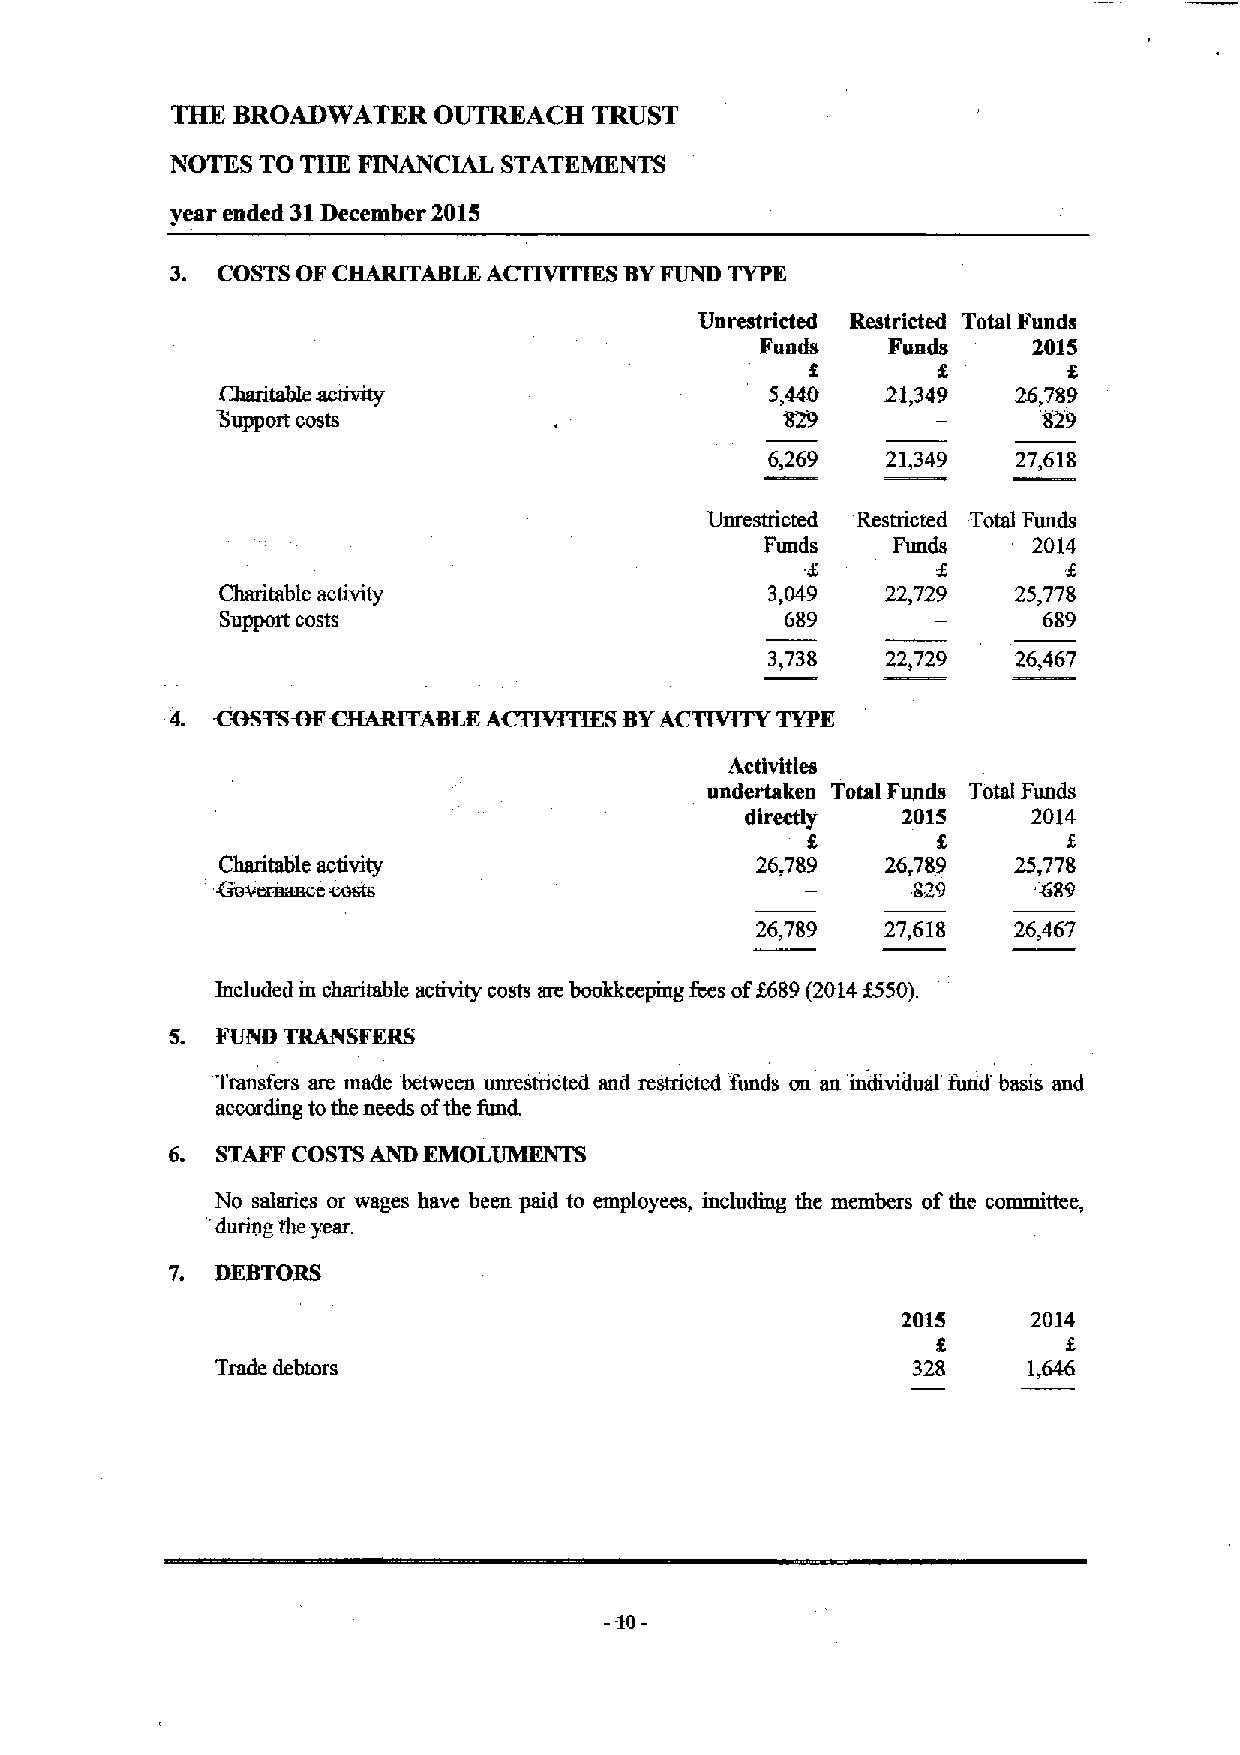
THE BROADWATKR    OUTREACH  TRUST
 NOTES TO THE FINANCIAL STATEMENTS
 year ended 31December 2015
 3. COSTS OF CHARITABLE ACrIVITIES BYFUND TYPE
 Unrestricted Restricted Total Funds
 Funds    Funds    2015
 f        f
 Charitable activity                  5,440   21,349  26,789
 Support costs                         &29              829
 6,269   21,349  27,618
 Unrestricted Restricted Total Funds
 Funds   Funds    2014
 Charitable activity                  3,049   22,729  25,778
 Support costs                        689              689
 3,738   22,729  26,467
 4. COSTSIIFCHARITABLK ACTIVITIES BYACTIVITY TYPE
 Activities
 undertaken Total Funds Total Funds
 directly   2015    2014
 Charitable activity                 26,7&9   26,7&9  25,778
 Governance costs                              829     '689
 26,789   27,618  26,467
 f
 Included m charitable activity costs are bookkeeping fees of 689(2014f550).
 Transfers are made between unrestricted and restricted funds on an individual fund basis and
 according tothe needs ofthe fund.
 EMOL~
 6. STAFF COSTSAND
 No salaries or wages have been paid to employees, including the members ofthe committee,
 'during the year.
 7. DEBTORS
 2015    2014
 Trade debtors                                 328     1,646
 .
 10